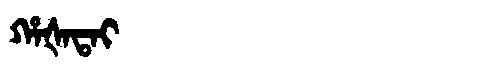
Manchu: ᡥᠠᡧᠠᡨᠠᡳ
Romanization: HAŠATAI